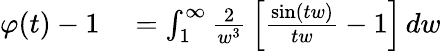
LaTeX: \begin{array}{rl}{\varphi(t)-1}&{{}=\int_{1}^{\infty}{\frac{2}{w^{3}}}\left[{\frac{\sin(tw)}{tw}}-1\right]\, dw}\end{array}